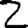
Digit: 2